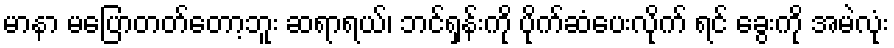
မာနာ မပြောတတ်တော့ဘူး ဆရာရယ်၊ ဘင်ရှန်းကို ပိုက်ဆံပေးလိုက် ရင် ခွေးကို အမဲလုံး